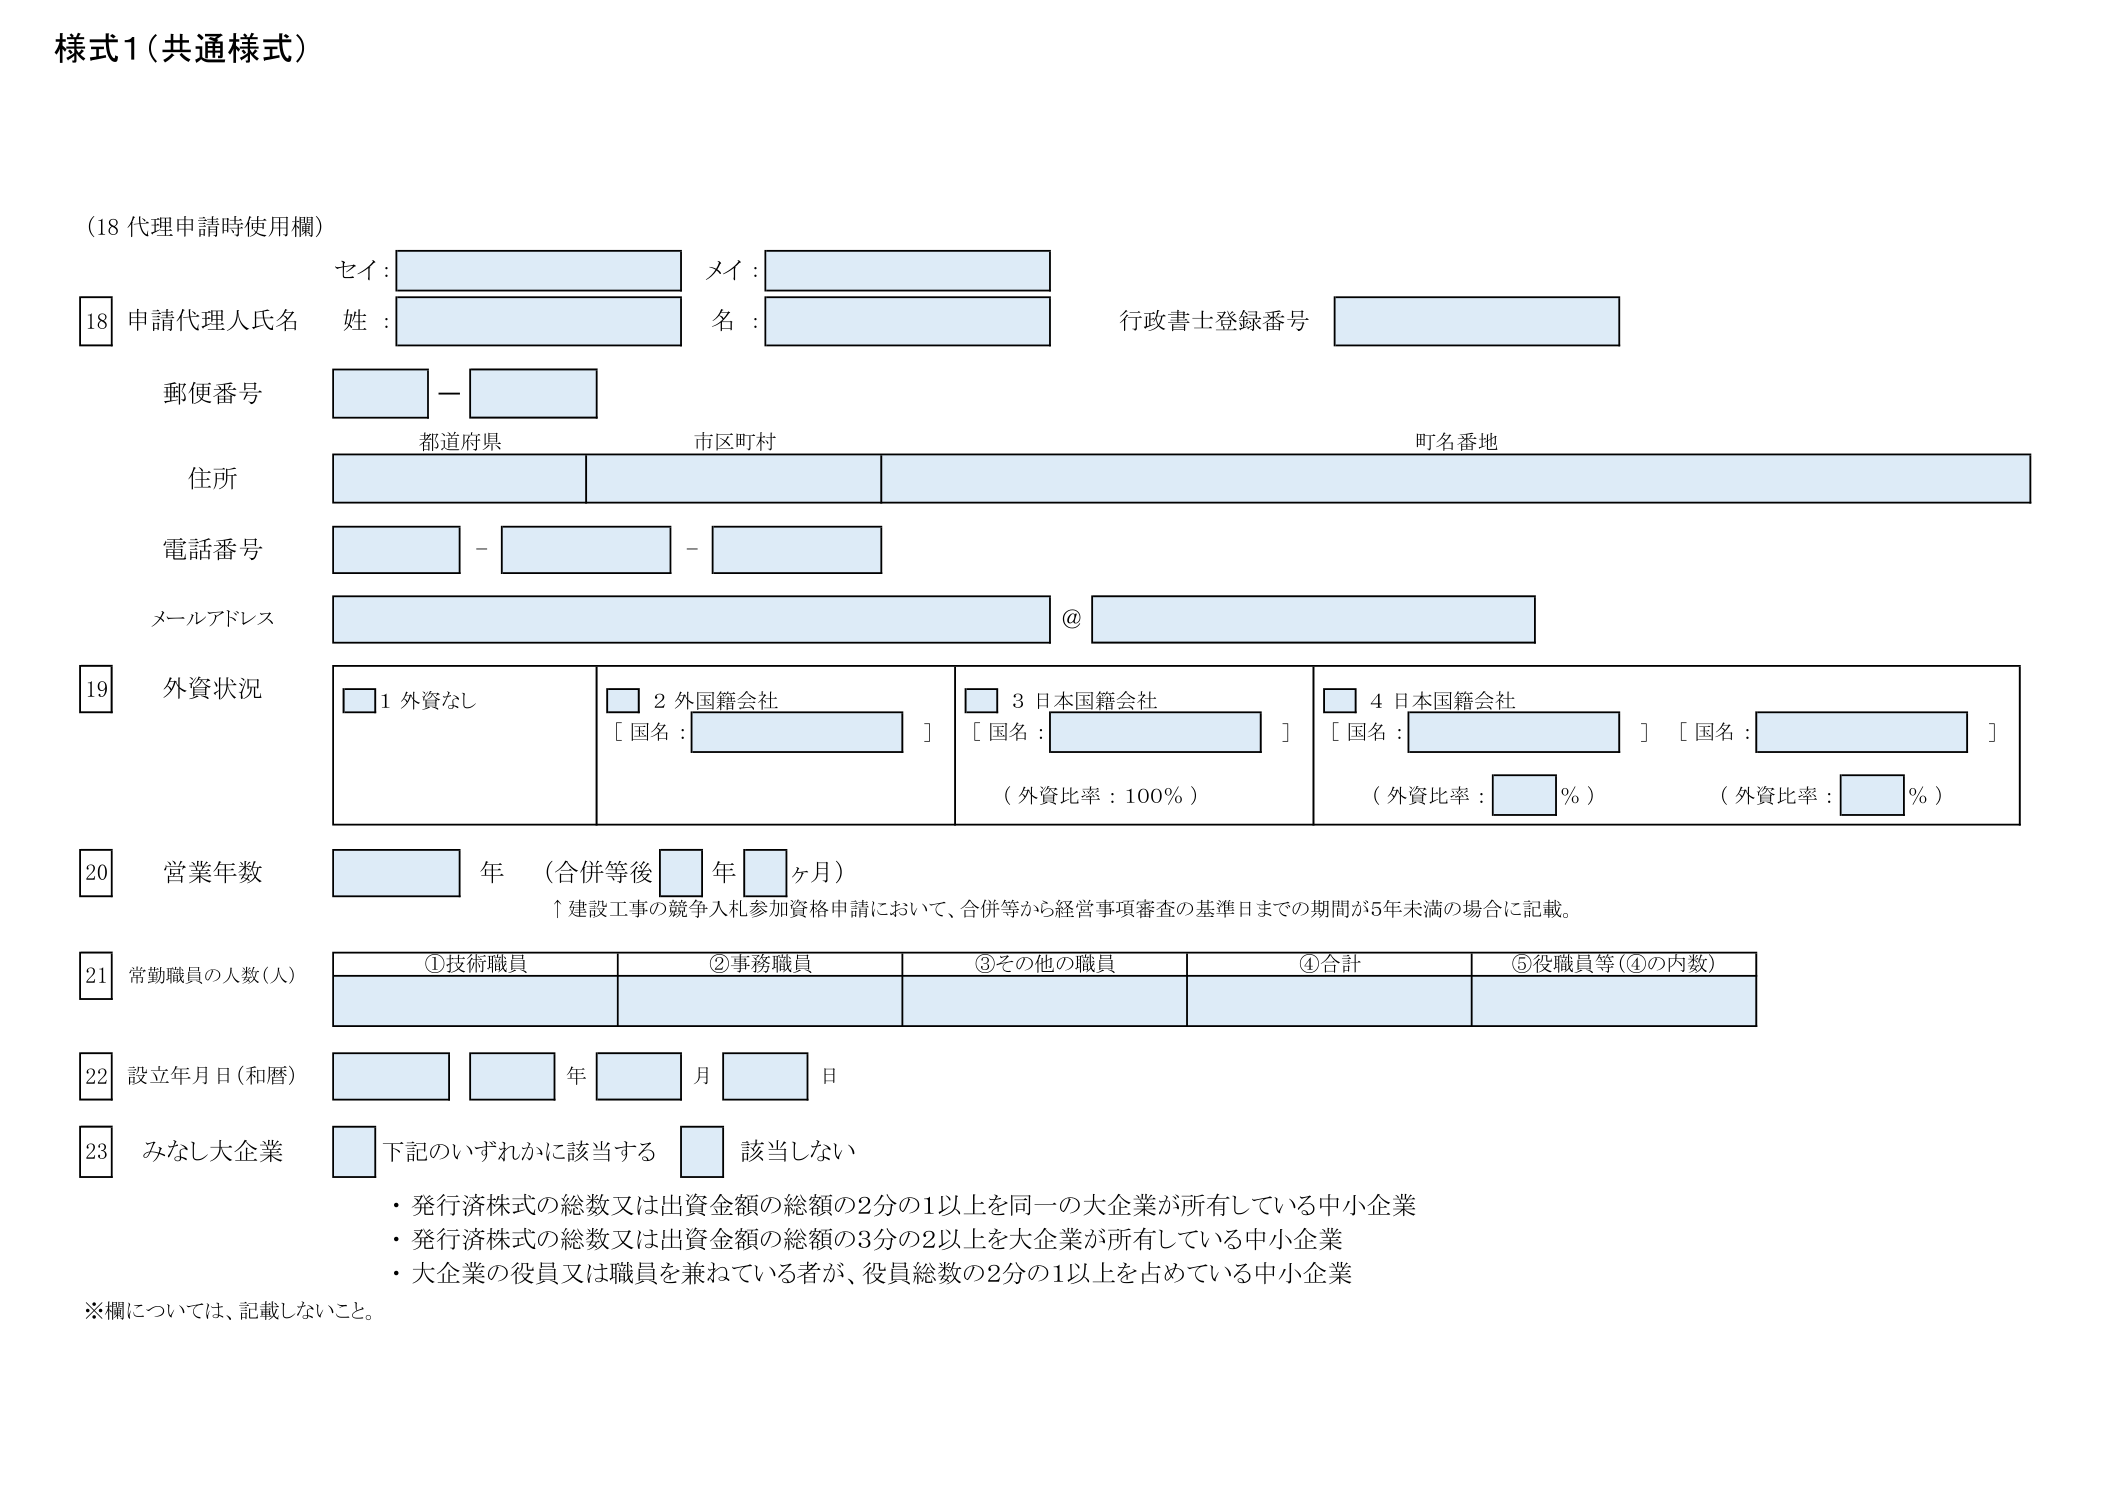
様式1（共通様式）

（18 代理申請時使用欄）

18 申請代理人氏名
セイ：
メイ：
姓：
名：
行政書士登録番号

郵便番号
都道府県
市区町村
町名番地

住所

電話番号

メールアドレス
@

19 外資状況
□ 1 外資なし
□ 2 外国籍会社
［国名：　　　　　　　］
□ 3 日本国籍会社
［国名：　　　　　　　］
（外資比率：100％）
□ 4 日本国籍会社
［国名：　　　　　　　］［国名：　　　　　　　］
（外資比率：　　％）（外資比率：　　％）

20 営業年数
　　　年（合併等後　　年　　ヶ月）
↑建設工事の競争入札参加資格申請において、合併等から経営事項審査の基準日までの期間が5年未満の場合に記載。

21 常勤職員の人数（人）
①技術職員　②事務職員　③その他の職員　④合計　⑤役職員等（④の内数）

22 設立年月日（和暦）
　　　年　　月　　日

23 みなし大企業
□ 下記のいずれかに該当する　□ 該当しない
・発行済株式の総数又は出資金額の総額の2分の1以上を同一の大企業が所有している中小企業
・発行済株式の総数又は出資金額の総額の3分の2以上を大企業が所有している中小企業
・大企業の役員又は職員を兼ねている者が、役員総数の2分の1以上を占めている中小企業

※欄については、記載しないこと。